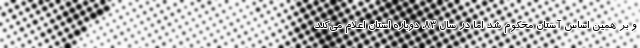
و بر همین اساس آستان محکوم شد اما در سال ۸۳، دوباره استان اعلام می‌کند